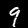
Digit: 9